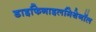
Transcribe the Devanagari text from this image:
डाइफिनाइलमिथेनॉल